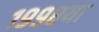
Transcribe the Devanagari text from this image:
१९९८या